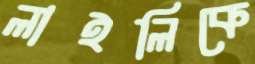
লাইলিকে